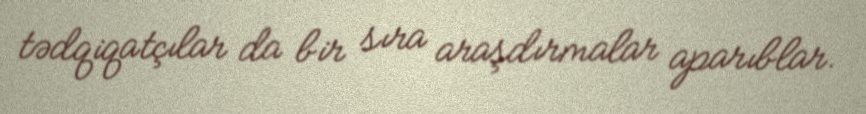
tədqiqatçılar da bir sıra araşdırmalar aparıblar.